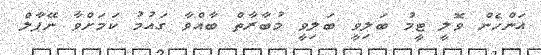
އަންހެން ވޮލީ ޓީމު ބަލިވީ ބަލިވީ މުބާރާތް ބާއްވާ ގައުމު ކަމަށްވާ ނޭޕާލް